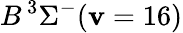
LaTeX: B\, {}^{3}\Sigma^{-}(\mathbf{v}=16)